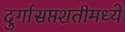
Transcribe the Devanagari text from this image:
दुर्गासप्तशतीमध्ये